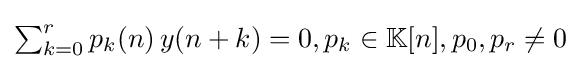
{\textstyle \sum _{k=0}^{r}p_{k}(n)\,y(n+k)=0,p_{k}\in \mathbb {K} [n],p_{0},p_{r}\neq 0}